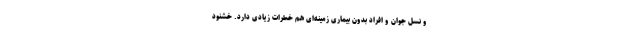
و نسل جوان و افراد بدون بیماری زمینه‌ای هم خطرات زیادی دارد. خشنود